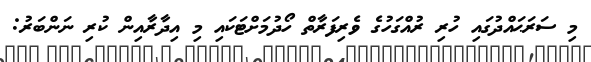
މި ސަރަޙައްދުގައި ހުރި ރުއްގަހުގެ ވެރިފަރާތް ހޯދުމަށްޓަކައި މި އިދާރާއިން ކުރި ނަންބަރު: